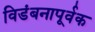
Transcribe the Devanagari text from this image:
विडंबनापूर्वक